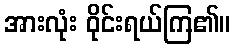
အားလုံး ဝိုင်းရယ်ကြ၏။